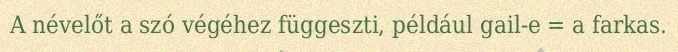
A névelőt a szó végéhez függeszti, például gail-e = a farkas.